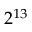
2 ^ { 1 3 }